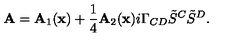
{ \bf A } = { \bf A } _ { 1 } ( { \bf x } ) + { \frac { 1 } { 4 } } { \bf A } _ { 2 } ( { \bf x } ) i \Gamma _ { C D } { \tilde { S } } ^ { C } { \tilde { S } } ^ { D } .